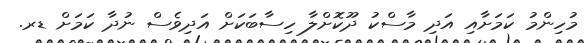
މުހިންމު ކަމަށާއި އަދި މާސްކު ދޫކޮށްލާ ހިސާބަކަށް އަދިވެސް ނުދާ ކަމަށް ޑރ.